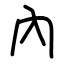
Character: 內